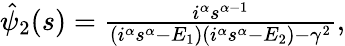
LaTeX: \begin{array}{r}{\hat{\psi}_{2}(s)=\frac{i^{\alpha}s^{\alpha-1}}{\left(i^{\alpha}s^{\alpha}-E_{1}\right)\left(i^{\alpha}s^{\alpha}-E_{2}\right)-\gamma^{2}},}\end{array}